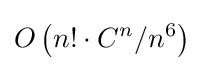
O\left(n!\cdot C^{n}/n^{6}\right)